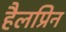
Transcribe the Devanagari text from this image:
हैलप्रिन